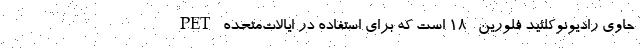
PET حاوی رادیونوکلئید فلورین -۱۸ است که برای استفاده در ایالات‌متحده